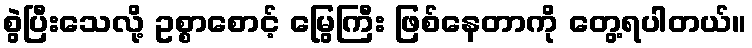
စွဲပြီးသေလို့ ဥစ္စာစောင့် မြွေကြီး ဖြစ်နေတာကို တွေ့ရပါတယ်။